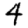
Digit: 4